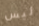
ليس